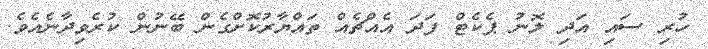
ހުރި ސައި އަދި ލޮނު ޕެކެޓް ފަދަ އެއްޗެއް ތައްޔާރުކޮށްގެން ބޭނުން ކުރެވިދާނެއެވެ.